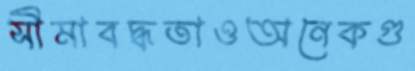
সীমাবদ্ধতাওঅনেকগু